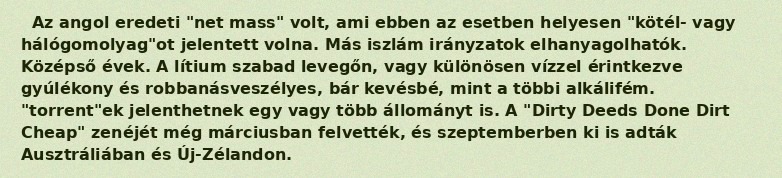
Az angol eredeti "net mass" volt, ami ebben az esetben helyesen "kötél- vagy hálógomolyag"ot jelentett volna. Más iszlám irányzatok elhanyagolhatók. Középső évek. A lítium szabad levegőn, vagy különösen vízzel érintkezve gyúlékony és robbanásveszélyes, bár kevésbé, mint a többi alkálifém. "torrent"ek jelenthetnek egy vagy több állományt is. A "Dirty Deeds Done Dirt Cheap" zenéjét még márciusban felvették, és szeptemberben ki is adták Ausztráliában és Új-Zélandon.